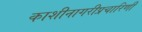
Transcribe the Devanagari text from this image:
काशीनागरीप्रचारिणी